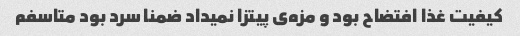
کیفیت غذا افتضاح بود و مزه‌ی پیتزا نمیداد ضمنا سرد بود متاسفم